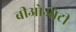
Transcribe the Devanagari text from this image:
बीओओटी